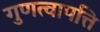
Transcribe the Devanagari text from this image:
गुणत्वापत्ति